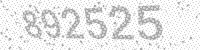
Solution: 892525